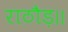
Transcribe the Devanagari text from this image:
राठौड़॥